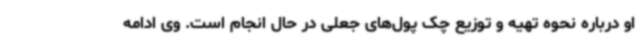
او درباره نحوه تهیه و توزیع چک پول‌های جعلی در حال انجام است. وی ادامه